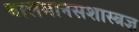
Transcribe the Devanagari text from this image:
बालमानसशास्त्रज्ञ